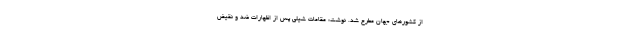
از کشورهای جهان مطرح شد. نوشت: مقامات شیلی پس از اظهارات ضد و نقیض